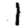
Digit: 1